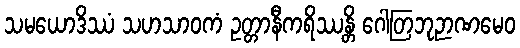
သမယောဒိဿံ သဟသာဝကံ ဥတ္တာနီကရိဿန္တိ ဂေါတြဘုဉာဏမေဝ